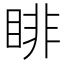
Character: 𥇪